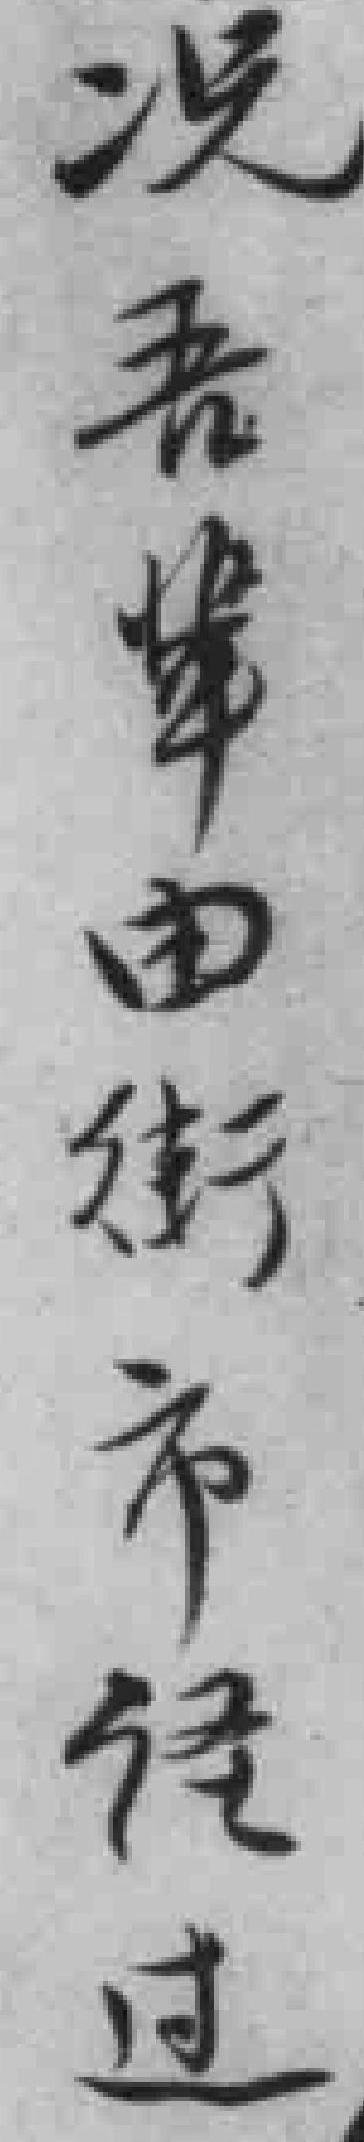
况吾軰由街市経过